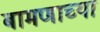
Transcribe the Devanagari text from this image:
बामणाच्या